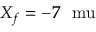
X _ { f } = - 7 ~ \mathrm { \ m u }